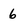
Character: 6